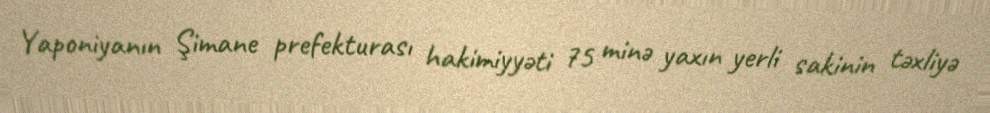
Yaponiyanın Şimane prefekturası hakimiyyəti 75 minə yaxın yerli sakinin təxliyə